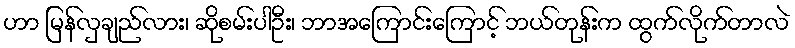
ဟာ မြန်လှချည်လား၊ ဆိုစမ်းပါဦး၊ ဘာအကြောင်းကြောင့် ဘယ်တုန်းက ထွက်လိုက်တာလဲ